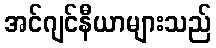
အင်ဂျင်နီယာများသည်